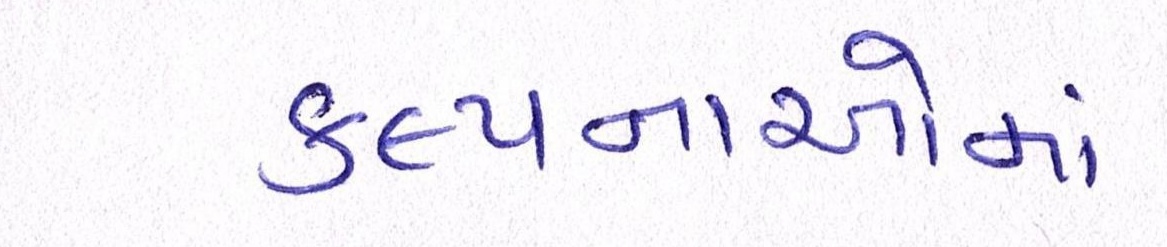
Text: કલ્પનાઓમાં